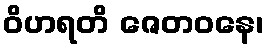
ဝိဟရတိ ဇေတဝနေ၊